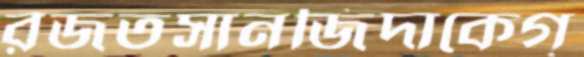
রজতসানজিদাকেগ্